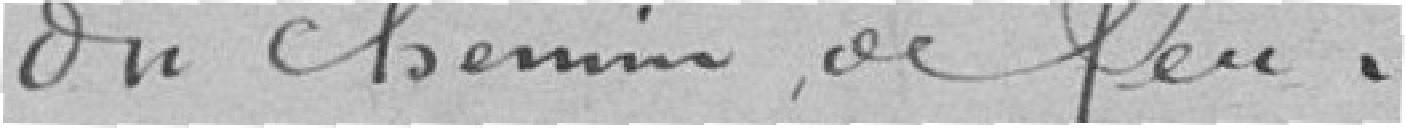
du chemin de fer.